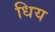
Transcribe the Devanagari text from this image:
धिय